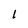
Character: l